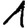
Digit: 1